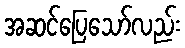
အဆင်ပြေသော်လည်း